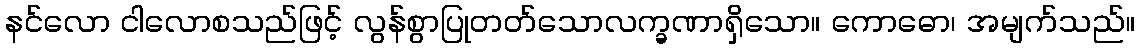
နင်လော ငါလောစသည်ဖြင့် လွန်စွာပြုတတ်သောလက္ခဏာရှိသော။ ကောဓော၊ အမျက်သည်။